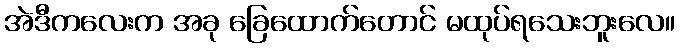
အဲဒီကလေးက အခု ခြေထောက်တောင် မထုပ်ရသေးဘူးလေ။